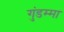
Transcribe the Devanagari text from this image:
गुंडम्मा